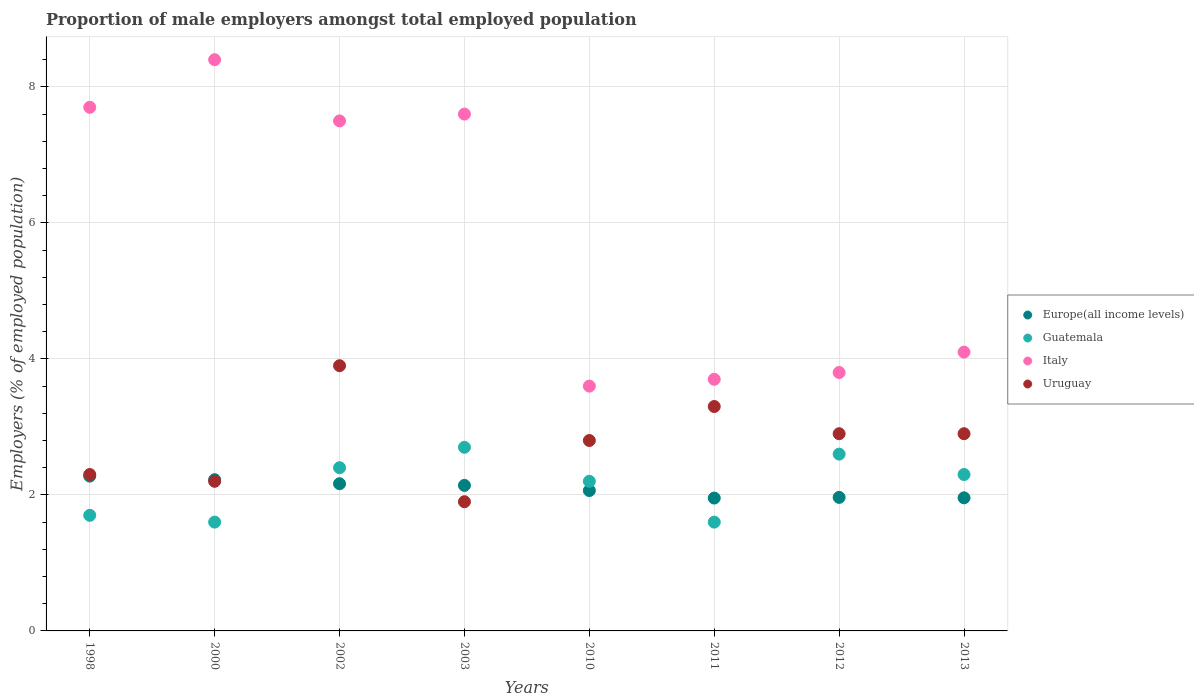
| Years | Europe(all income levels) | Guatemala | Italy | Uruguay |
 | --- | --- | --- | --- | --- |
 | 1998 | 2.28 | 1.7 | 7.7 | 2.3 |
 | 2000 | 2.22 | 1.6 | 8.4 | 2.2 |
 | 2002 | 2.16 | 2.4 | 7.5 | 3.9 |
 | 2003 | 2.14 | 2.7 | 7.6 | 1.9 |
 | 2010 | 2.06 | 2.2 | 3.6 | 2.8 |
 | 2011 | 1.95 | 1.6 | 3.7 | 3.3 |
 | 2012 | 1.96 | 2.6 | 3.8 | 2.9 |
 | 2013 | 1.96 | 2.3 | 4.1 | 2.9 |